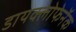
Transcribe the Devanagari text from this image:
डायक्लोफेनॅक